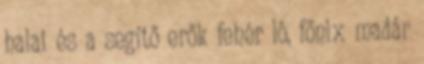
halai és a segítő erők fehér ló, főnix madár